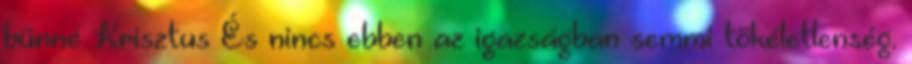
bűnné Krisztus És nincs ebben az igazságban semmi tökéletlenség.